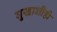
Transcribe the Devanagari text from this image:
मुखाशीही